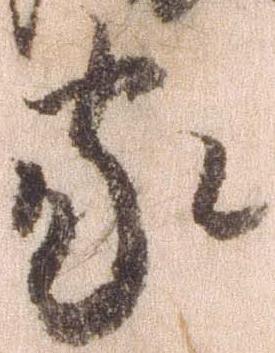
家